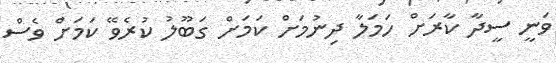
ވަނީ ސީދާ ކާރަށް ހަމަލާ ދިނުމަށް ކަމަށް ގަބޫލު ކުރެވޭ ކަމަށް ވެސް